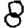
Digit: 8